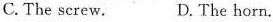
C.The screw. D.The horn.